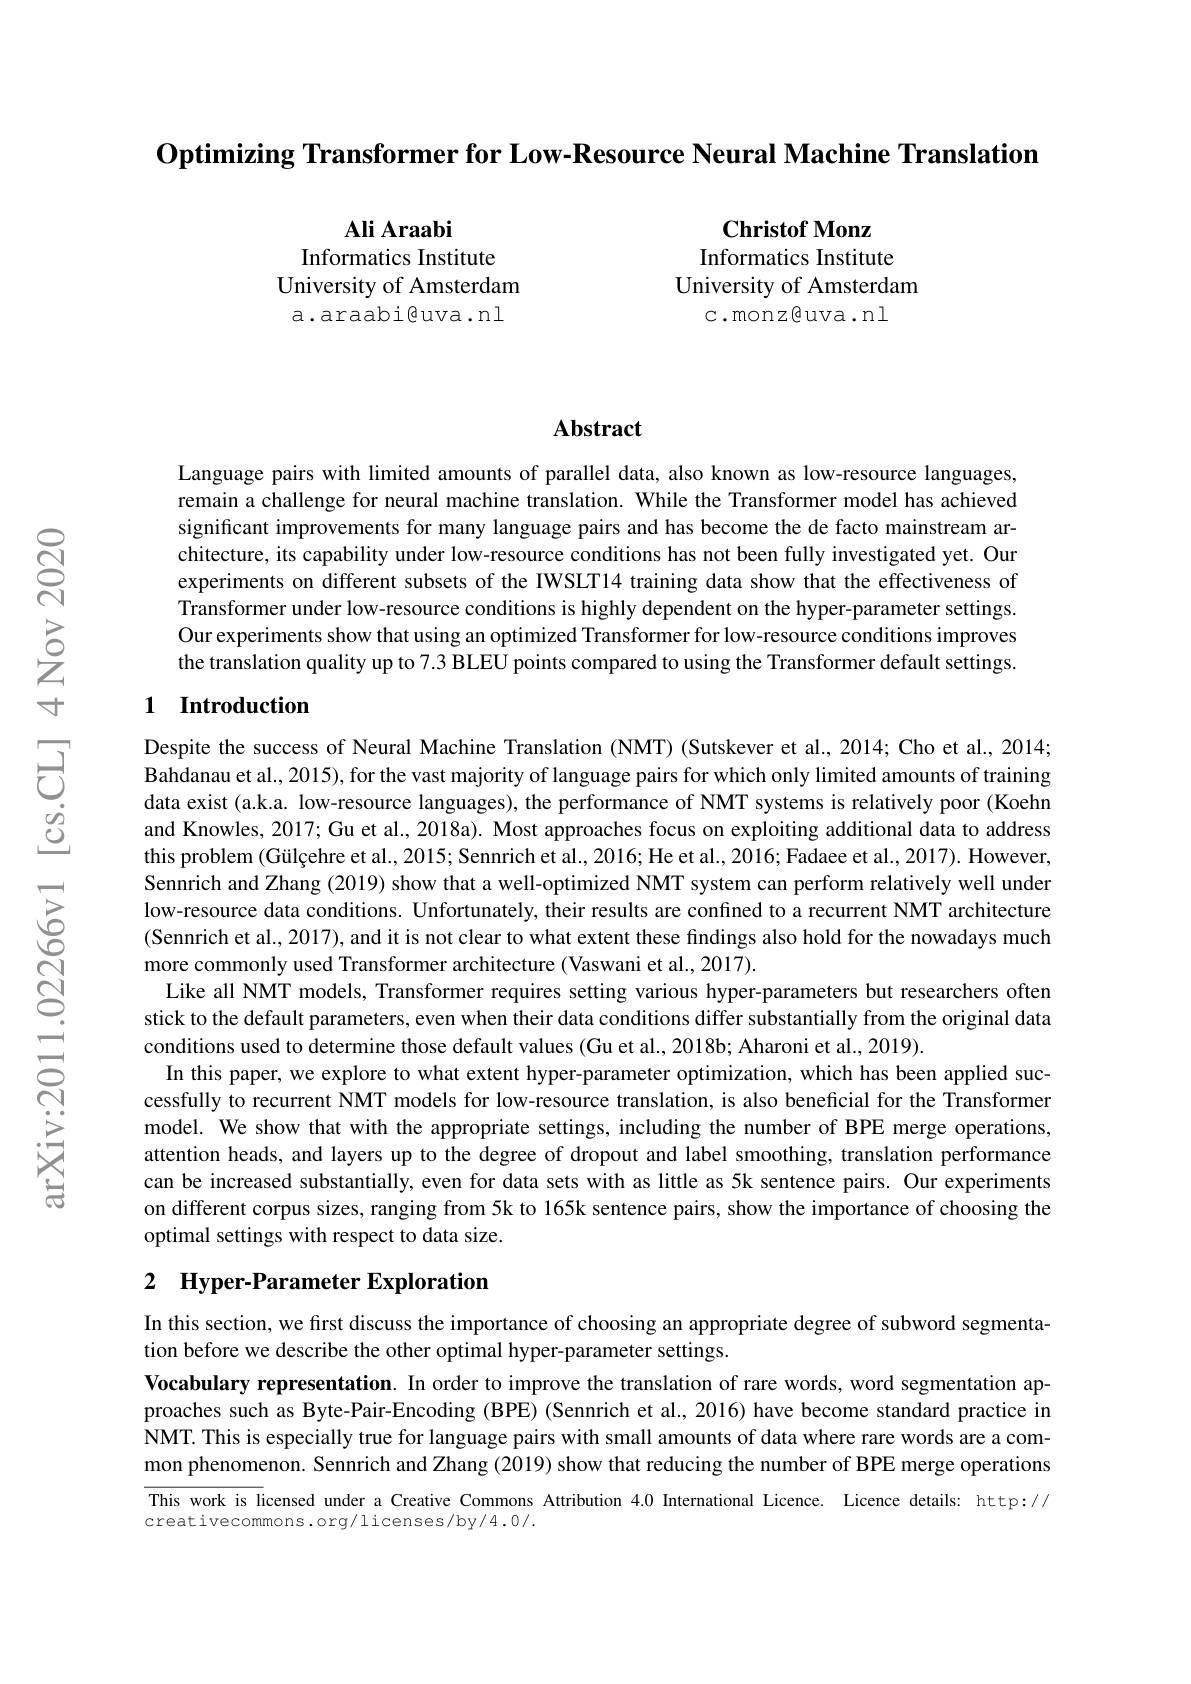
Optimizing Transformer for Low-Resource Neural Machine Translation

Ali Araabi
Informatics Institute
University of Amsterdam a.araabi@uva.nl

Christof Monz
Informatics Institute
University of Amsterdam
c. monz@ uva. nl

### Abstract

Language pairs with limited amounts of parallel data, also known as low-resource languages, remain a challenge for neural machine translation. While the Transformer model has achieved significant improvements for many language pairs and has become the de facto mainstream architecture, its capability under low-resource conditions has not been fully investigated yet. Our experiments on different subsets of the IWSLT14 training data show that the effectiveness of Transformer under low-resource conditions is highly dependent on the hyper-parameter settings. Our experiments show that using an optimized Transformer for low-resource conditions improves the translation quality up to 7.3 BLEU points compared to using the Transformer default settings.

## 1 Introduction

Despite the success of Neural Machine Translation (NMT) (Sutskever et al., 2014; Cho et al., 2014; Bahdanau et al., 2015), for the vast majority of language pairs for which only limited amounts of training data exist (a.k.a. low-resource languages), the performance of NMT systems is relatively poor (Koehn and Knowles, 2017; Gu et al., 2018a). Most approaches focus on exploiting additional data to address this problem (Gülçehre et al., 2015; Sennrich et al., 2016; He et al., 2016; Fadaee et al., 2017). However, Sennrich and Zhang (2019) show that a well-optimized NMT system can perform relatively well under low-resource data conditions. Unfortunately, their results are confined to a recurrent NMT architecture (Sennrich et al., 2017), and it is not clear to what extent these findings also hold for the nowadays much more commonly used Transformer architecture (Vaswani et al., 2017).
Like all NMT models, Transformer requires setting various hyper-parameters but researchers often stick to the default parameters, even when their data conditions differ substantially from the original data conditions used to determine those default values (Gu et al., 2018b; Aharoni et al., 2019).
In this paper, we explore to what extent hyper-parameter optimization, which has been applied successfully to recurrent NMT models for low-resource translation, is also beneficial for the Transformer model. We show that with the appropriate settings, including the number of BPE merge operations, attention heads, and layers up to the degree of dropout and label smoothing, translation performance can be increased substantially, even for data sets with as little as 5k sentence pairs. Our experiments on different corpus sizes, ranging from 5k to 165k sentence pairs, show the importance of choosing the optimal settings with respect to data size.

# 2 Hyper-Parameter Exploration

In this section, we first discuss the importance of choosing an appropriate degree of subword segmenta-
tion before we describe the other optimal hyper-parameter settings.
Vocabulary representation. In order to improve the translation of rare words, word segmentation approaches such as Byte-Pair-Encoding (BPE) (Sennrich et al., 2016) have become standard practice in NMT. This is especially true for language pairs with small amounts of data where rare words are a com- mon phenomenon. Sennrich and Zhang (2019) show that reducing the number of BPE merge operations This work is licensed under a Creative Commons Attribution 4.0 International Licence. Licence details: http:// creativecommons.org/licenses/by/4.0/.